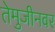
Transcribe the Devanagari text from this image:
तेमुजीनवर